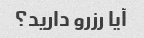
آیا رزرو دارید؟